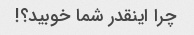
چرا اینقدر شما خوبید؟!